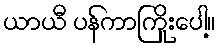
ယာယီ ပန်ကာကြိုးပေါ့။